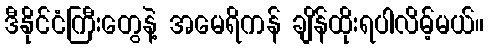
ဒီနိုင်ငံကြီးတွေနဲ့ အမေရိကန် ချိန်ထိုးရပါလိမ့်မယ်။